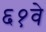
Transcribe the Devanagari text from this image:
६१वे